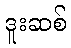
ဒူးဆစ်